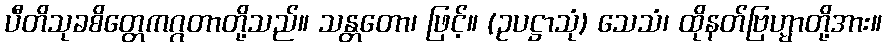
ပီတိသုခစိတ္တေကဂ္ဂတာတို့သည်။ သန္တတော၊ ဖြင့်။ (ဥပဋ္ဌာသုံ) သေသံ၊ ထိုနတ်ဗြဟ္မာတို့အား။